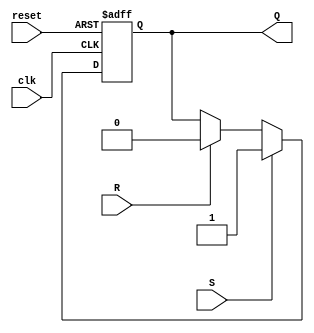
module sr_ff (
  input wire clk,
  input wire reset,
  input wire S,
  input wire R,
  output reg Q
);

always @(posedge clk or negedge reset) begin
  if (!reset) begin
    Q <= 0;
  end else if (S) begin
    Q <= 1;
  end else if (R) begin
    Q <= 0;
  end
end

endmodule